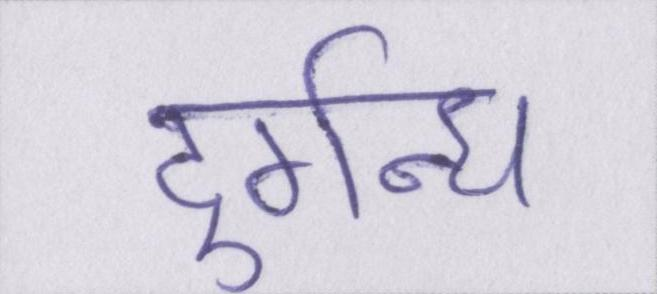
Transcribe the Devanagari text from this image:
दुर्गन्ध